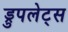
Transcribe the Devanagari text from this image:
ड्रुपलेट्स